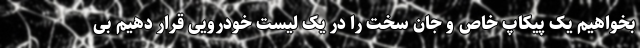
بخواهیم یک پیکاپ خاص و جان سخت را در یک لیست خودرویی قرار دهیم بی